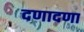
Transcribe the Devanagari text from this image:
दणादणा